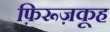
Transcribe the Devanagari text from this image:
फ़िरूज़कूह